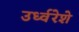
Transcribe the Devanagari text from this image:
उर्ध्वरेशे